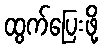
ထွက်ပြေးဖို့